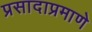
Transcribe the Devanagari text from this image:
प्रसादाप्रमाणे